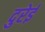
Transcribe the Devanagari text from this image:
दुरेई